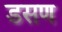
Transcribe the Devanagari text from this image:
डसण